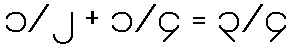
၁/၂ + ၁/၄ = ၃/၄